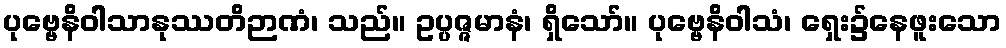
ပုဗ္ဗေနိဝါသာနုဿတိဉာဏံ၊ သည်။ ဥပ္ပဇ္ဇမာနံ၊ ရှိသော်။ ပုဗ္ဗေနိဝါသံ၊ ရှေး၌နေဖူးသော